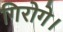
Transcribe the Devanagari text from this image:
गिरोगे।